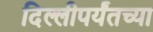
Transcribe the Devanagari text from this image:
दिल्लीपर्यंतच्या